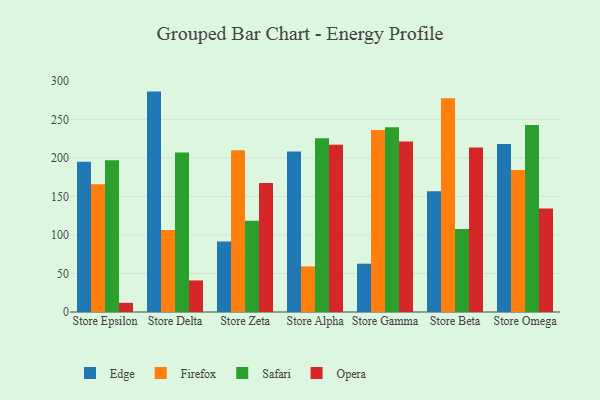
{"axis": {"x": "Store", "y": "Tickets Resolved"}, "legend": ["Edge", "Firefox", "Opera", "Safari"], "data": [{"x": "Store Epsilon", "y": 195.1, "type": "Edge"}, {"x": "Store Epsilon", "y": 165.7, "type": "Firefox"}, {"x": "Store Epsilon", "y": 196.9, "type": "Safari"}, {"x": "Store Epsilon", "y": 11.9, "type": "Opera"}, {"x": "Store Delta", "y": 286.1, "type": "Edge"}, {"x": "Store Delta", "y": 106.4, "type": "Firefox"}, {"x": "Store Delta", "y": 207.0, "type": "Safari"}, {"x": "Store Delta", "y": 41.0, "type": "Opera"}, {"x": "Store Zeta", "y": 91.4, "type": "Edge"}, {"x": "Store Zeta", "y": 209.9, "type": "Firefox"}, {"x": "Store Zeta", "y": 118.5, "type": "Safari"}, {"x": "Store Zeta", "y": 167.6, "type": "Opera"}, {"x": "Store Alpha", "y": 208.5, "type": "Edge"}, {"x": "Store Alpha", "y": 59.2, "type": "Firefox"}, {"x": "Store Alpha", "y": 225.4, "type": "Safari"}, {"x": "Store Alpha", "y": 217.1, "type": "Opera"}, {"x": "Store Gamma", "y": 62.7, "type": "Edge"}, {"x": "Store Gamma", "y": 236.1, "type": "Firefox"}, {"x": "Store Gamma", "y": 239.7, "type": "Safari"}, {"x": "Store Gamma", "y": 221.4, "type": "Opera"}, {"x": "Store Beta", "y": 156.8, "type": "Edge"}, {"x": "Store Beta", "y": 277.6, "type": "Firefox"}, {"x": "Store Beta", "y": 107.9, "type": "Safari"}, {"x": "Store Beta", "y": 213.6, "type": "Opera"}, {"x": "Store Omega", "y": 218.1, "type": "Edge"}, {"x": "Store Omega", "y": 184.4, "type": "Firefox"}, {"x": "Store Omega", "y": 242.6, "type": "Safari"}, {"x": "Store Omega", "y": 134.3, "type": "Opera"}]}